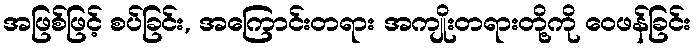
အဖြစ်ဖြင့် စပ်ခြင်း, အကြောင်းတရား အကျိုးတရားတို့ကို ဝေဖန်ခြင်း